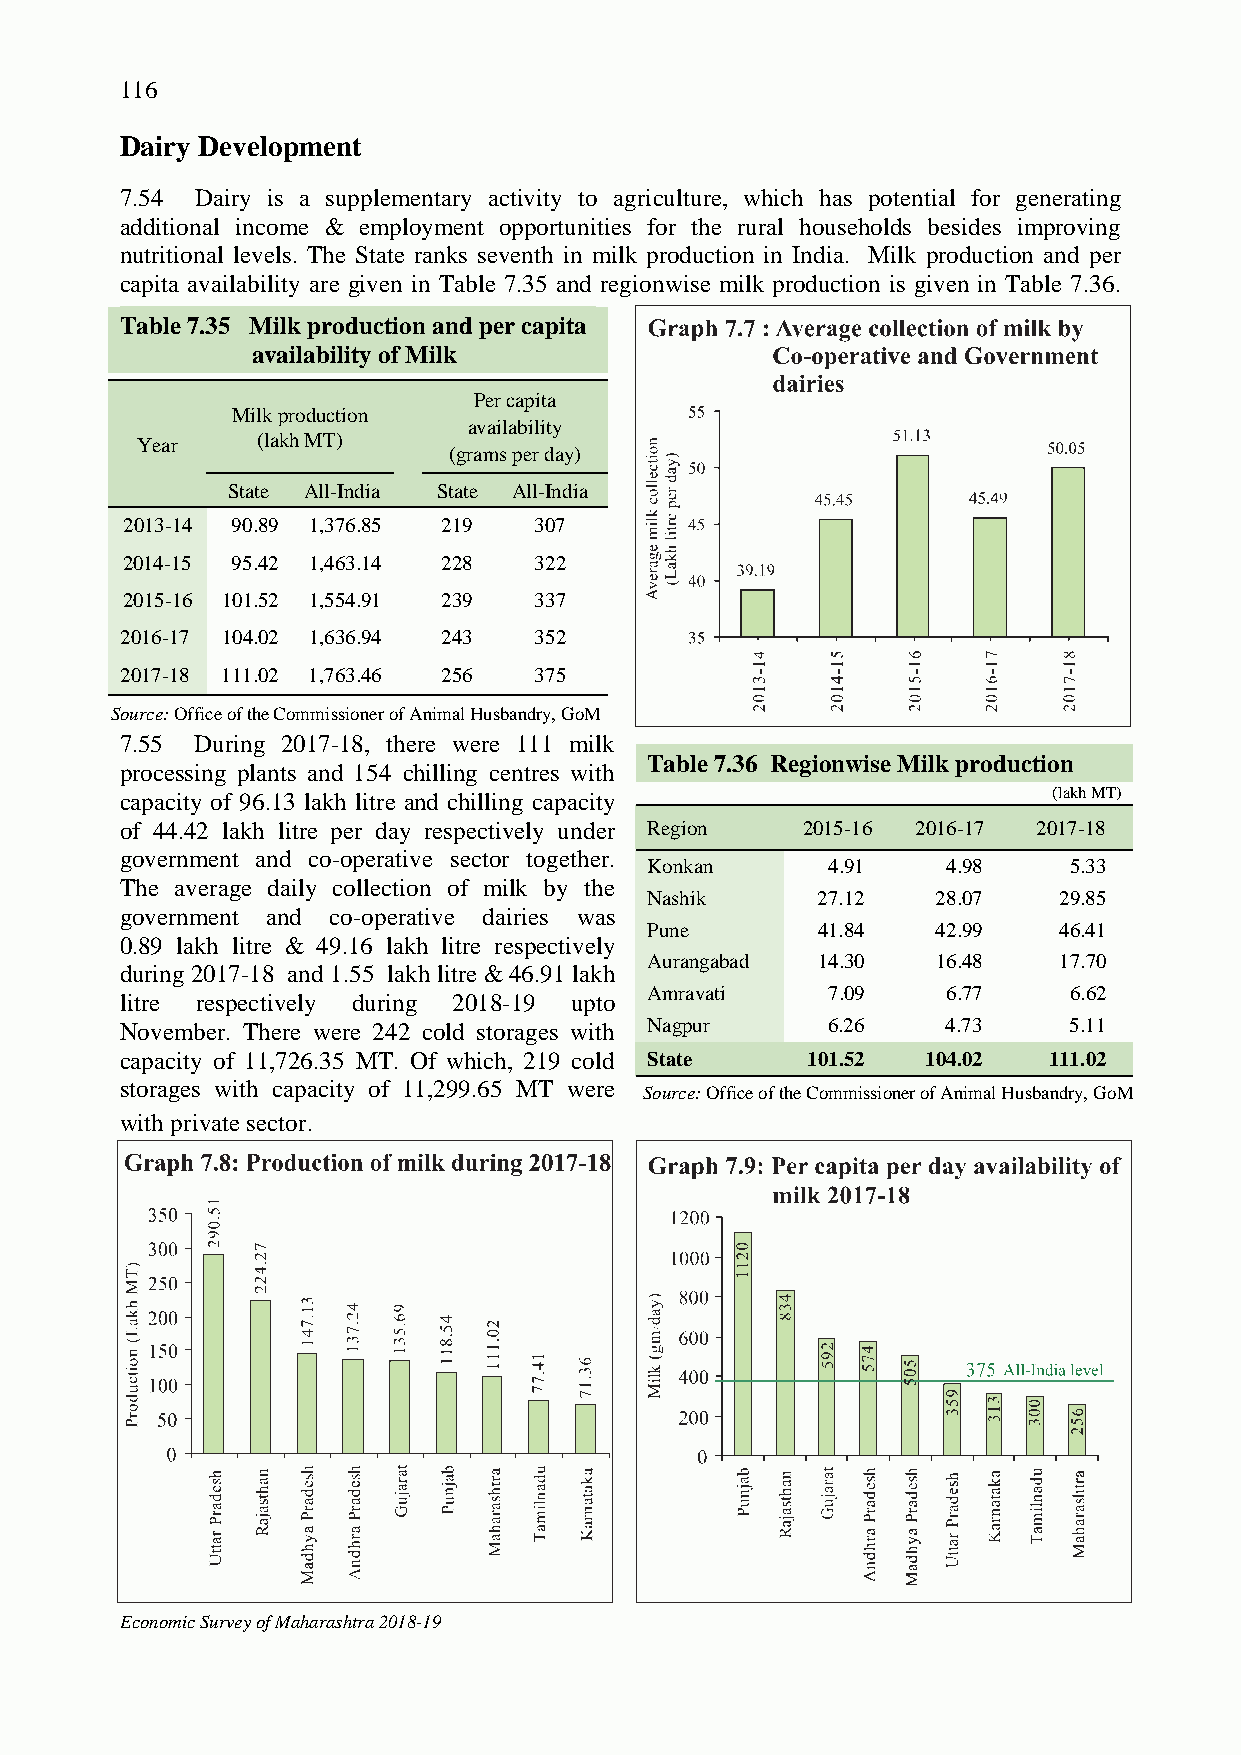
116
 Dairy Development
 7.54 Dairy is a supplementary activity to agriculture, which has potential for generating
 additional income & employment opportunities for the rural households besides improving
 nutritional levels. The State ranks seventh in milk production in India. Milk production and per
 capita availability are given in Table 7.35 and regionwise milk production is given in Table 7.36.
 Table 7.35 Milk production and per capita
 availability of Milk
 Per capita
 Milk production
 availability
 Year    (lakh MT)
 (grams per day)
 State All-India State All-India
 2013-14 90.89 1,376.85 219 307
 2014-15 95.42 1,463.14 228 322
 2015-16 101.52 1,554.91 239 337
 2016-17 104.02 1,636.94 243 352
 2017-18 111.02 1,763.46 256 375
 Source: Office of the Commissioner of Animal Husbandry, GoM
 7.55 During 2017-18, there were 111 milk
 Table 7.36 Regionwise Milk production
 processing plants and 154 chilling centres with
 capacity of 96.13 lakh litre and chilling capacity            (lakh MT)
 of 44.42 lakh litre per day respectively under Region 2015-16 2016-17 2017-18
 government and co-operative sector together.
 Konkan      4.91    4.98    5.33
 The average daily collection of milk by the
 Nashik     27.12   28.07   29.85
 government and co-operative dairies was
 Pune       41.84   42.99   46.41
 0.89 lakh litre & 49.16 lakh litre respectively
 Aurangabad 14.30   16.48   17.70
 during 2017-18 and 1.55 lakh litre & 46.91 lakh
 Amravati    7.09    6.77    6.62
 litre respectively during 2018-19 upto
 November. There were 242 cold storages with Nagpur 6.26 4.73   5.11
 capacity of 11,726.35 MT. Of which, 219 cold State 101.52 104.02 111.02
 storages with capacity of 11,299.65 MT were Source: Office of the Commissioner of Animal Husbandry, GoM
 with private sector.
 Economic Survey of Maharashtra 2018-19